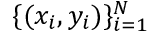
\{ ( x _ { i } , y _ { i } ) \} _ { i = 1 } ^ { N }